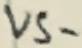
Text: VS-